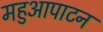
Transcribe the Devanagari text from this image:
महुआपाटन